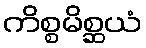
ကိစ္စမိစ္ဆယံ